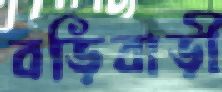
বড়িবাড়ী